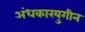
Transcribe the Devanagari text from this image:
अंधकारयुगीन